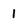
Character: 1